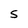
Character: s